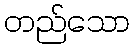
တည်သော